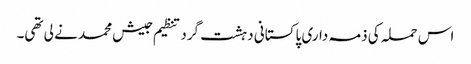
اس حملہ کی ذمہ داری پاکستانی دہشت گرد تنظیم جیش محمد نے لی تھی۔